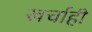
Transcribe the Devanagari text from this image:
खर्चाही